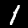
Label: 1